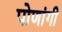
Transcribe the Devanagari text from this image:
पोणांगी